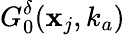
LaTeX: G_{0}^{\delta}(\mathbf{x}_{j},k_{a})